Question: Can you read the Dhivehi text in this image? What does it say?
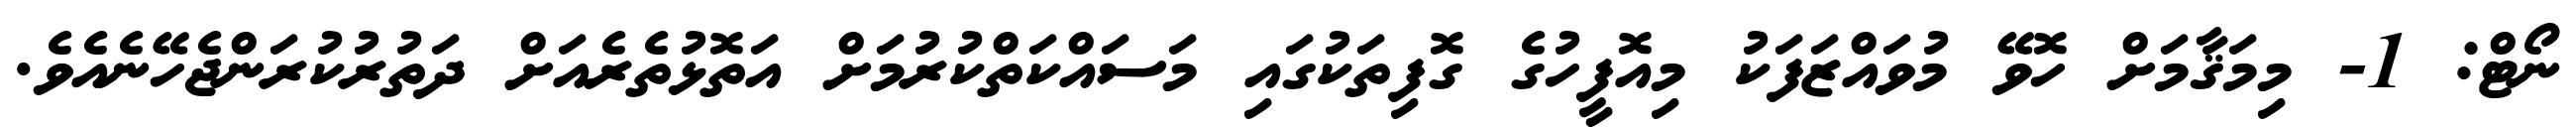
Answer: ނޯޓް: 1- މިމަޤާމަށް ހޮވޭ މުވައްޒަފަކު މިއޮފީހުގެ ގޮފިތަކުގައި މަސައްކަތްކުރުމަށް އަތޮޅުތެރެއަށް ދަތުރުކުރަންޖެހޭނެއެވެ.